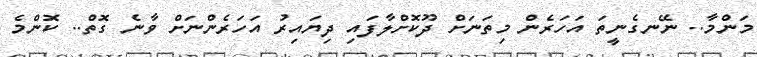
މަންމާ.. ނޭނގެނީތަ އަހަރެން މިތަނަށް ދޫކޮށްލާފައި ދިޔައިރު އަހަރެންނަށް ވާނެ ގޮތް.. ކޮންމެ